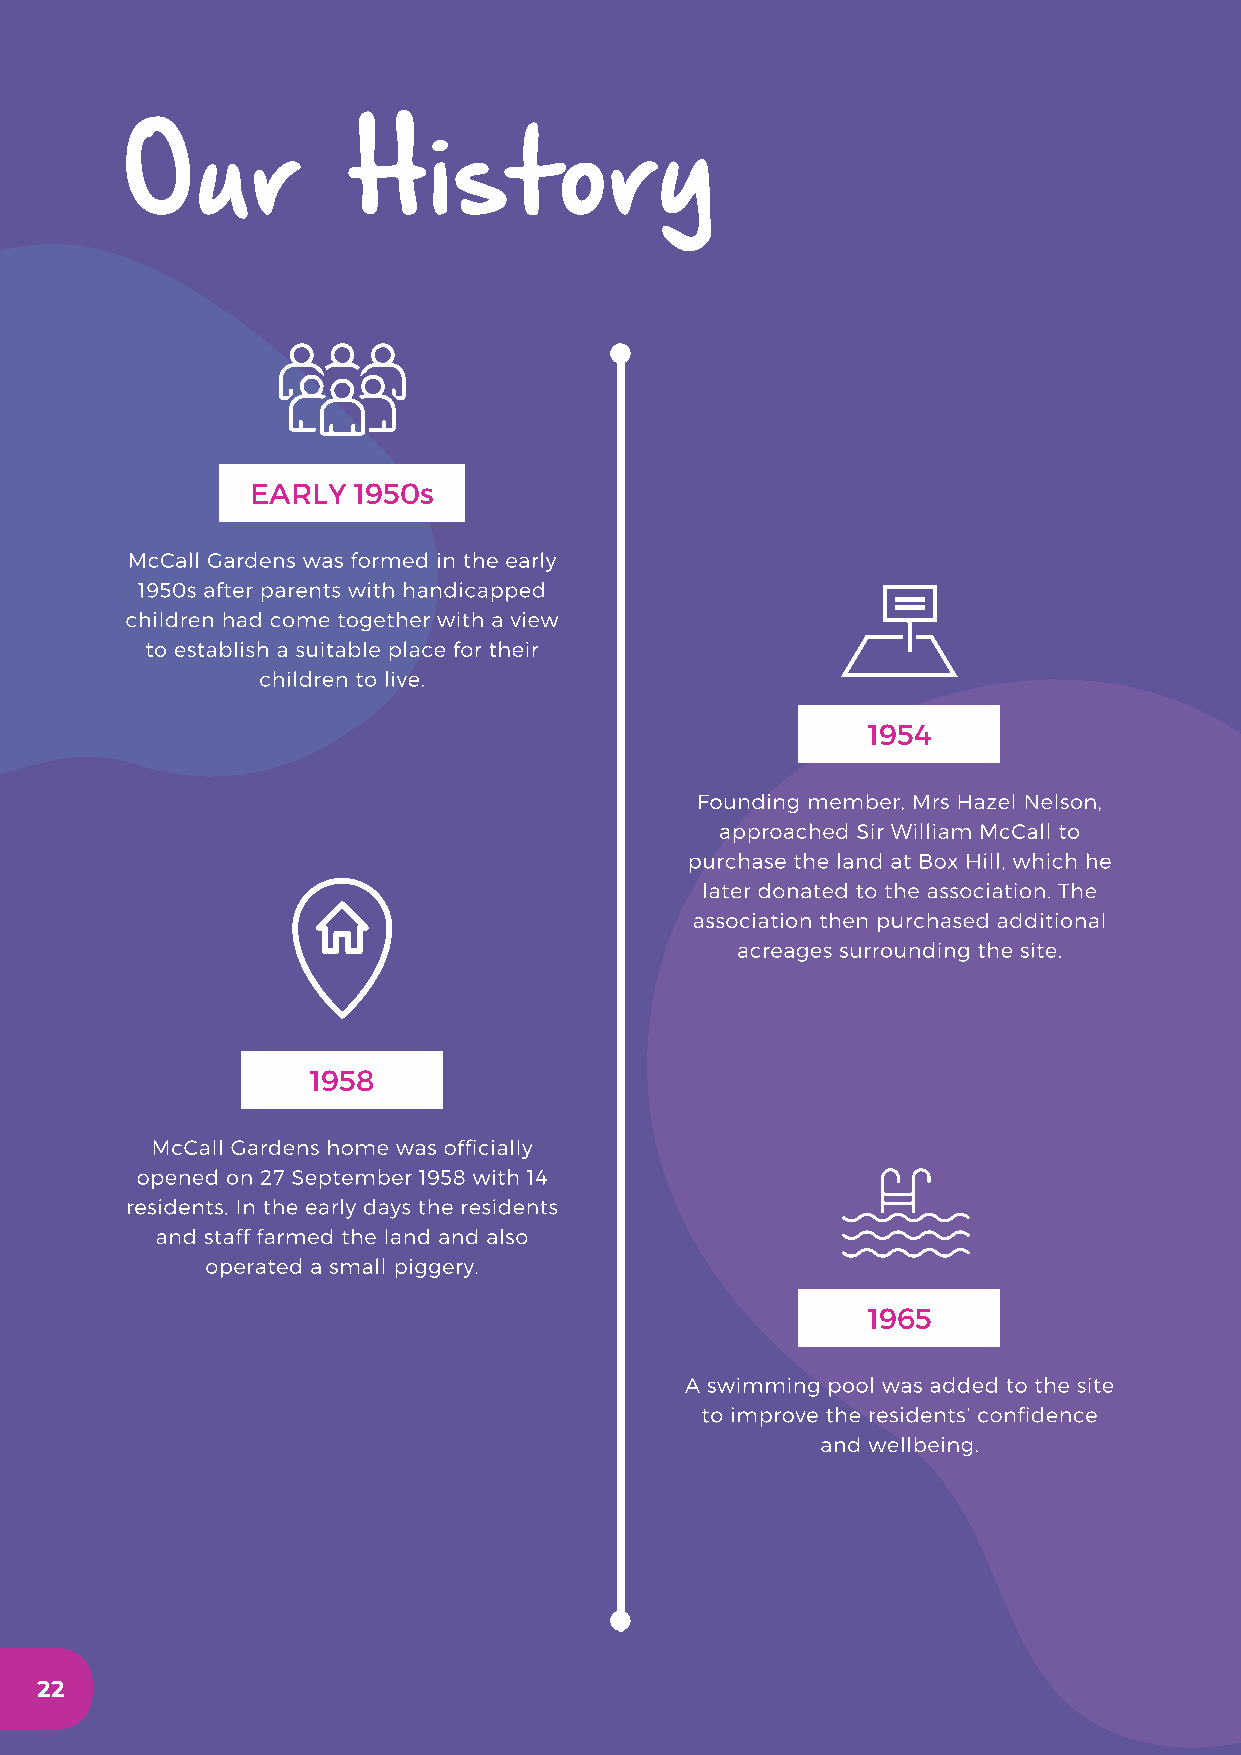
Our            History
 EARLY 1950s
 McCall Gardens was formed in the early
 1950s after parents with handicapped
 children had come together with a view
 to establish a suitable place for their
 children to live.
 1954
 Founding member, Mrs Hazel Nelson,
 approached Sir William McCall to
 purchase the land at Box Hill, which he
 later donated to the association. The
 association then purchased additional
 acreages surrounding the site.
 1958
 McCall Gardens home was officially
 opened on 27 September 1958 with 14
 residents. In the early days the residents
 and staff farmed the land and also
 operated a small piggery.
 1965
 A swimming pool was added to the site
 to improve the residents’ confidence
 and wellbeing.
 22